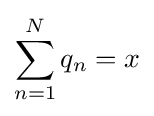
\sum _{n=1}^{N}q_{n}=x